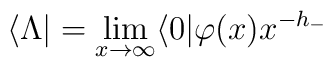
\langle \Lambda |=\lim_{x \rightarrow \infty}\langle 0 |\varphi(x)x^{-h_-}